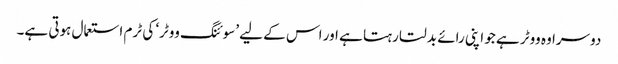
دوسرا وہ ووٹر ہے جو اپنی رائے بدلتا رہتا ہے اور اس کے لیے ’سوئنگ ووٹر‘ کی ٹرم استعمال ہوتی ہے۔